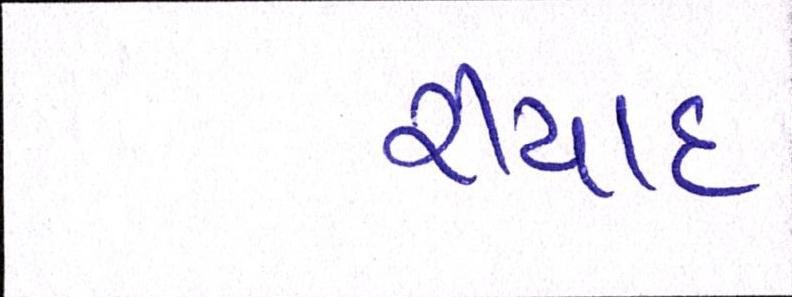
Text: રીયાદ